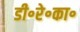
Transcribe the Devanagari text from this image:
डी॰रे॰का॰